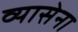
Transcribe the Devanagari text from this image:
व्यासेना